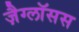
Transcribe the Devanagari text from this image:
ज़ैग्लॉसस